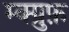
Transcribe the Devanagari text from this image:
म्क्ग्रुफ़